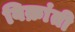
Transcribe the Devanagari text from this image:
विक्रांती